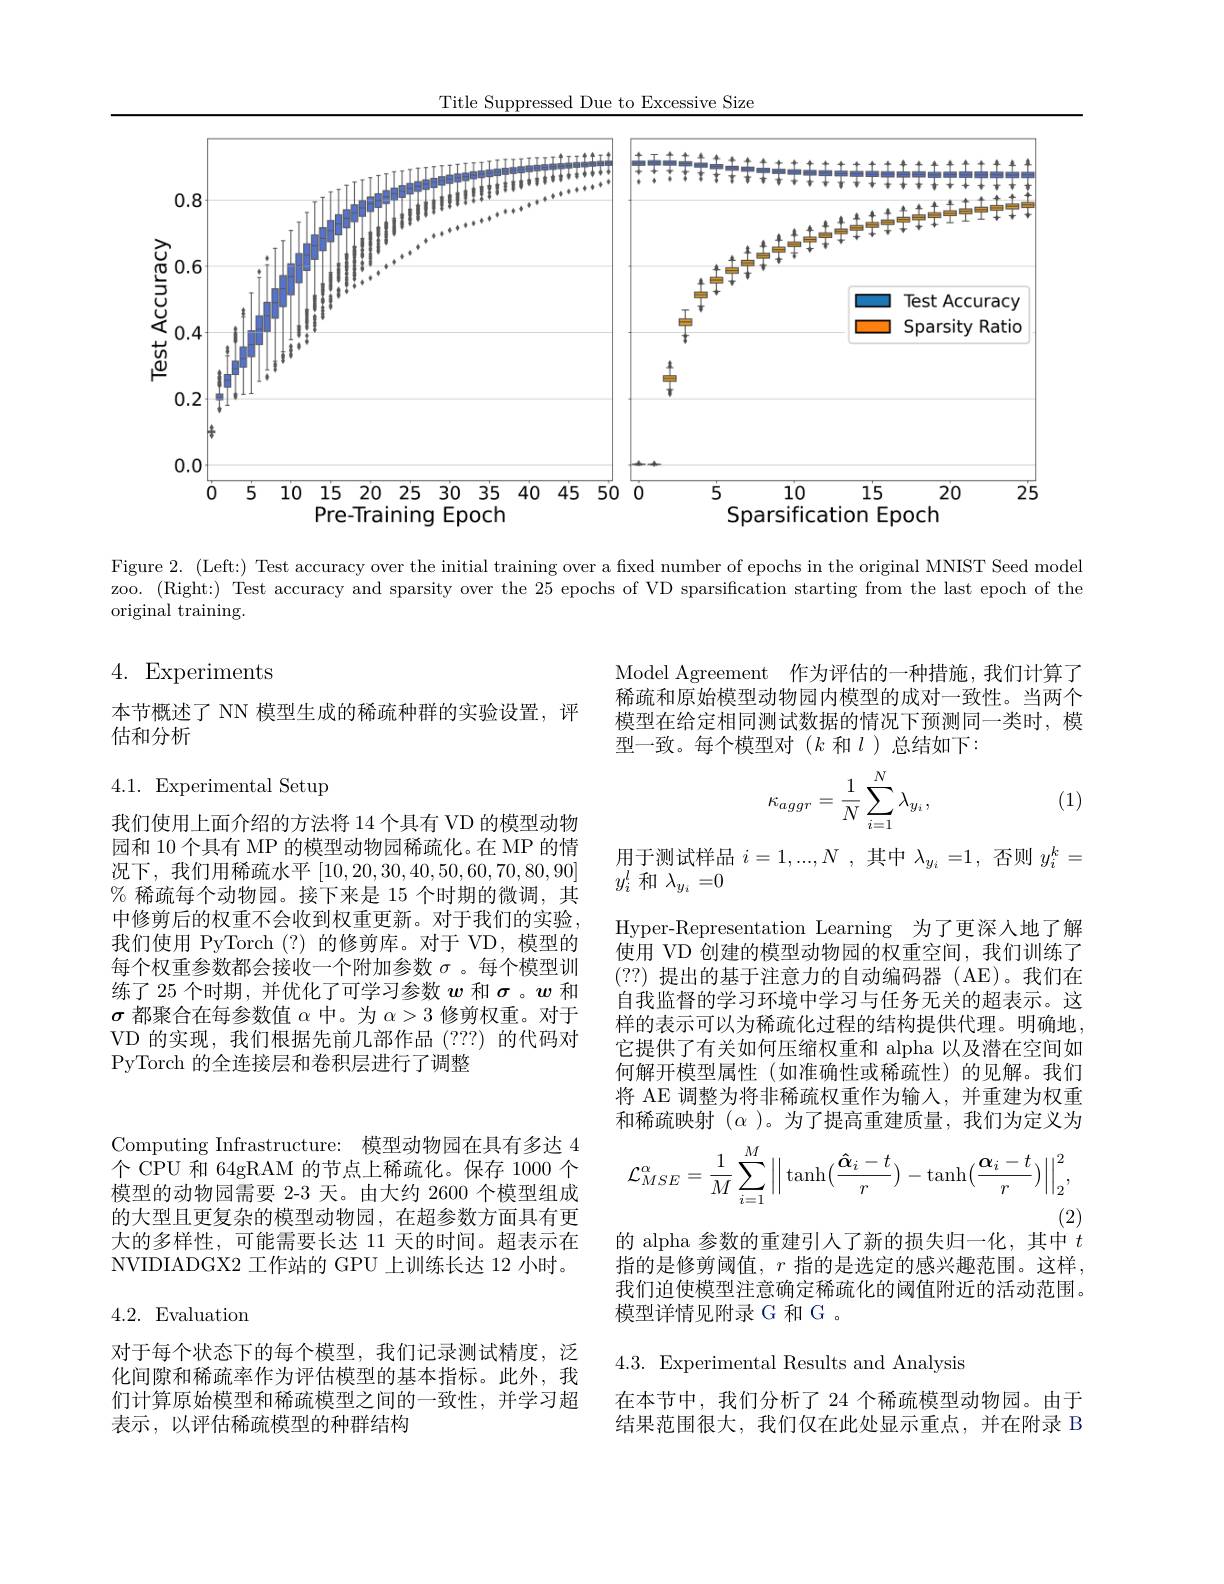
Title Suppressed Due to Excessive Size

<FigureHere>

Figure 2. (Left:) Test accuracy over the initial training over a fixed number of epochs in the original MNIST Seed model

zoo. (Right:) Test accuracy and sparsity over the 25 epochs of VD sparsification starting from the last epoch of the

original training.

4. Experiments

Model Agreement 作为评估的一种措施，我们计算了稀疏和原始模型动物园内模型的成对一致性。当两个模型在给定相同测试数据的情况下预测同一类时，模型一致。每个模型对(k 和$l$ )总结如下：

本节概述了 NN 模型生成的稀疏种群的实验设置，评
估和分析

4.1. Experimental Setup
$$\kappa_{aggr}=\frac{1}{N}\sum_{i=1}^{N}\lambda_{y_{i}},$$
(1)

我们使用上面介绍的方法将 14 个具有 VD 的模型动物园和 10 个具有 MP 的模型动物园稀疏化。在 MP 的情况下，我们用稀疏水平[10,20,30,40,50,60,70,80,90] % 稀疏每个动物园。接下来是 15 个时期的微调，其中修剪后的权重不会收到权重更新。对于我们的实验， 我们使用 PyTorch (?)的修剪库。对于 VD,模型的每个权重参数都会接收一个附加参数$\sigma$ 。每个模型训练了 25 个时期，并优化了可学习参数$w$和$\sigma$ 。$w$和$\sigma$都聚合在每参数值$\alpha$中。为$\alpha>3$修剪权重。对于VD 的实现，我们根据先前几部作品 (???) 的代码对PyTorch 的全连接层和卷积层进行了调整

用于测试样品$i=1,...,N$ ,其中$\lambda_y_i=1$,否则$y_i^k=$
$y_i^l$和$\lambda_y_i=0$
Hyper-Representation Learning 为了更深人地了解使用 VD 创建的模型动物园的权重空间，我们训练了(??)提出的基于注意力的自动编码器(AE)。我们在自我监督的学习环境中学习与任务无关的超表示。这样的表示可以为稀疏化过程的结构提供代理。明确地， 它提供了有关如何压缩权重和 alpha 以及潜在空间如何解开模型属性(如准确性或稀疏性)的见解。我们将 AE 调整为将非稀疏权重作为输入，并重建为权重和稀疏映射($\alpha)。为了提高重建质量，我们为定义为$
$$\mathcal{L}_{MSE}^{\alpha}=\frac{1}{M}\sum_{i=1}^{M}\Big|\Big|\tanh\bigl(\frac{\mathbf{\hat{\alpha}}_{i}-t}{r}\Big)-\tanh\bigl(\frac{\mathbf{\alpha}_{i}-t}{r}\bigr)\Big|\Big|_{2}^{2},$$
Computing Infrastructure: 模型动物园在具有多达 4个 CPU 和 64gRAM 的节点上稀疏化。保存 1000 个模型的动物园需要 2-3 天。由大约 2600 个模型组成的大型且更复杂的模型动物园，在超参数方面具有更大的多样性，可能需要长达 11 天的时间。超表示在NVIDIADGX2 工作站的 GPU 上训练长达 12 小时。

(2)
的 alpha 参数的重建引人了新的损失归一化，其中$t$

指的是修剪阈值，$r$指的是选定的感兴趣范围。这样， 我们迫使模型注意确定稀疏化的阈值附近的活动范围。模型详情见附录 G 和 G 。

4.2. Evaluation

4.3.Experimental Results and Analysis

对于每个状态下的每个模型，我们记录测试精度，泛化间隙和稀疏率作为评估模型的基本指标。此外，我们计算原始模型和稀疏模型之间的一致性，并学习超表示，以评估稀疏模型的种群结构

在本节中，我们分析了 24 个稀疏模型动物园。由于结果范围很大，我们仅在此处显示重点，并在附录 B